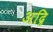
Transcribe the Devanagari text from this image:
अद्रि